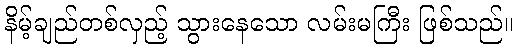
နိမ့်ချည်တစ်လှည့် သွားနေသော လမ်းမကြီး ဖြစ်သည်။